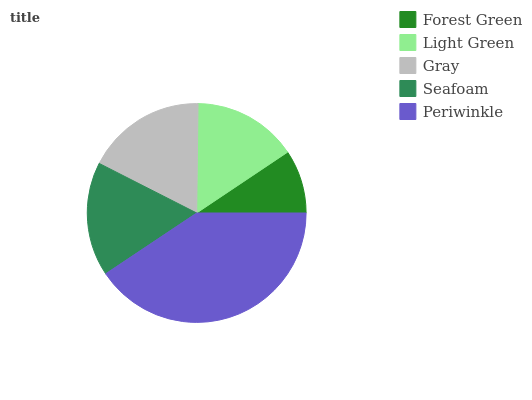
| Forest Green | Light Green | Gray | Seafoam | Periwinkle |
 | --- | --- | --- | --- | --- |
 | 9.4% | 15.4% | 17.7% | 16.9% | 40.6% |